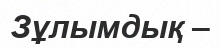
Зұлымдық –